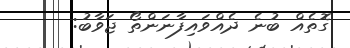
ގޮތެއް ބުނެ ދެއްވައިފާނަންތޯ ޖަވާބު: